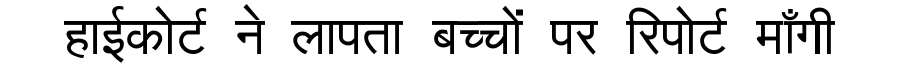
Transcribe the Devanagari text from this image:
हाईकोर्ट ने लापता बच्चों पर रिपोर्ट माँगी